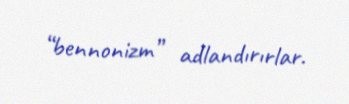
“bennonizm” adlandırırlar.